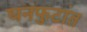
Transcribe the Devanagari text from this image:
घनफुटांत